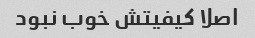
اصلا کیفیتش خوب نبود